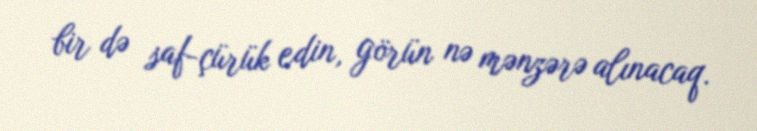
bir də saf-çürük edin, görün nə mənzərə alınacaq.